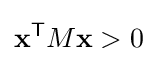
\mathbf {x} ^{\mathsf {T}}M\mathbf {x} >0